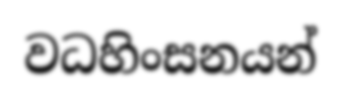
වධහිංසනයන්